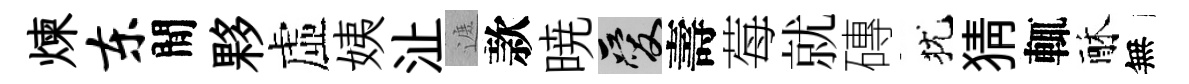
煉东閒夥虛姨沚遮款暁爱壽莓就磚犹猜輒酥無